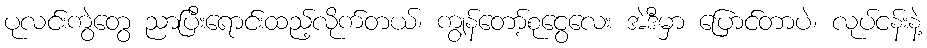
ပုလင်းကွဲတွေ ညာပြီးရောင်းထည့်လိုက်တယ်၊ ကျွန်တော့်စုငွေလေး အဲဒီမှာ ပြောင်တာပဲ၊ လုပ်ငန်းနဲ့